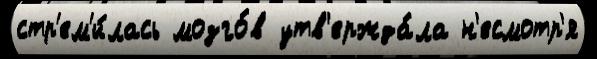
стр'ем'и́лась мозго́в утв'ержда́ла н'есмотр'я